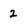
Character: 2